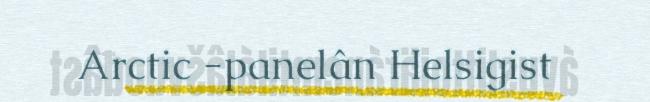
Arctic -panelân Helsigist